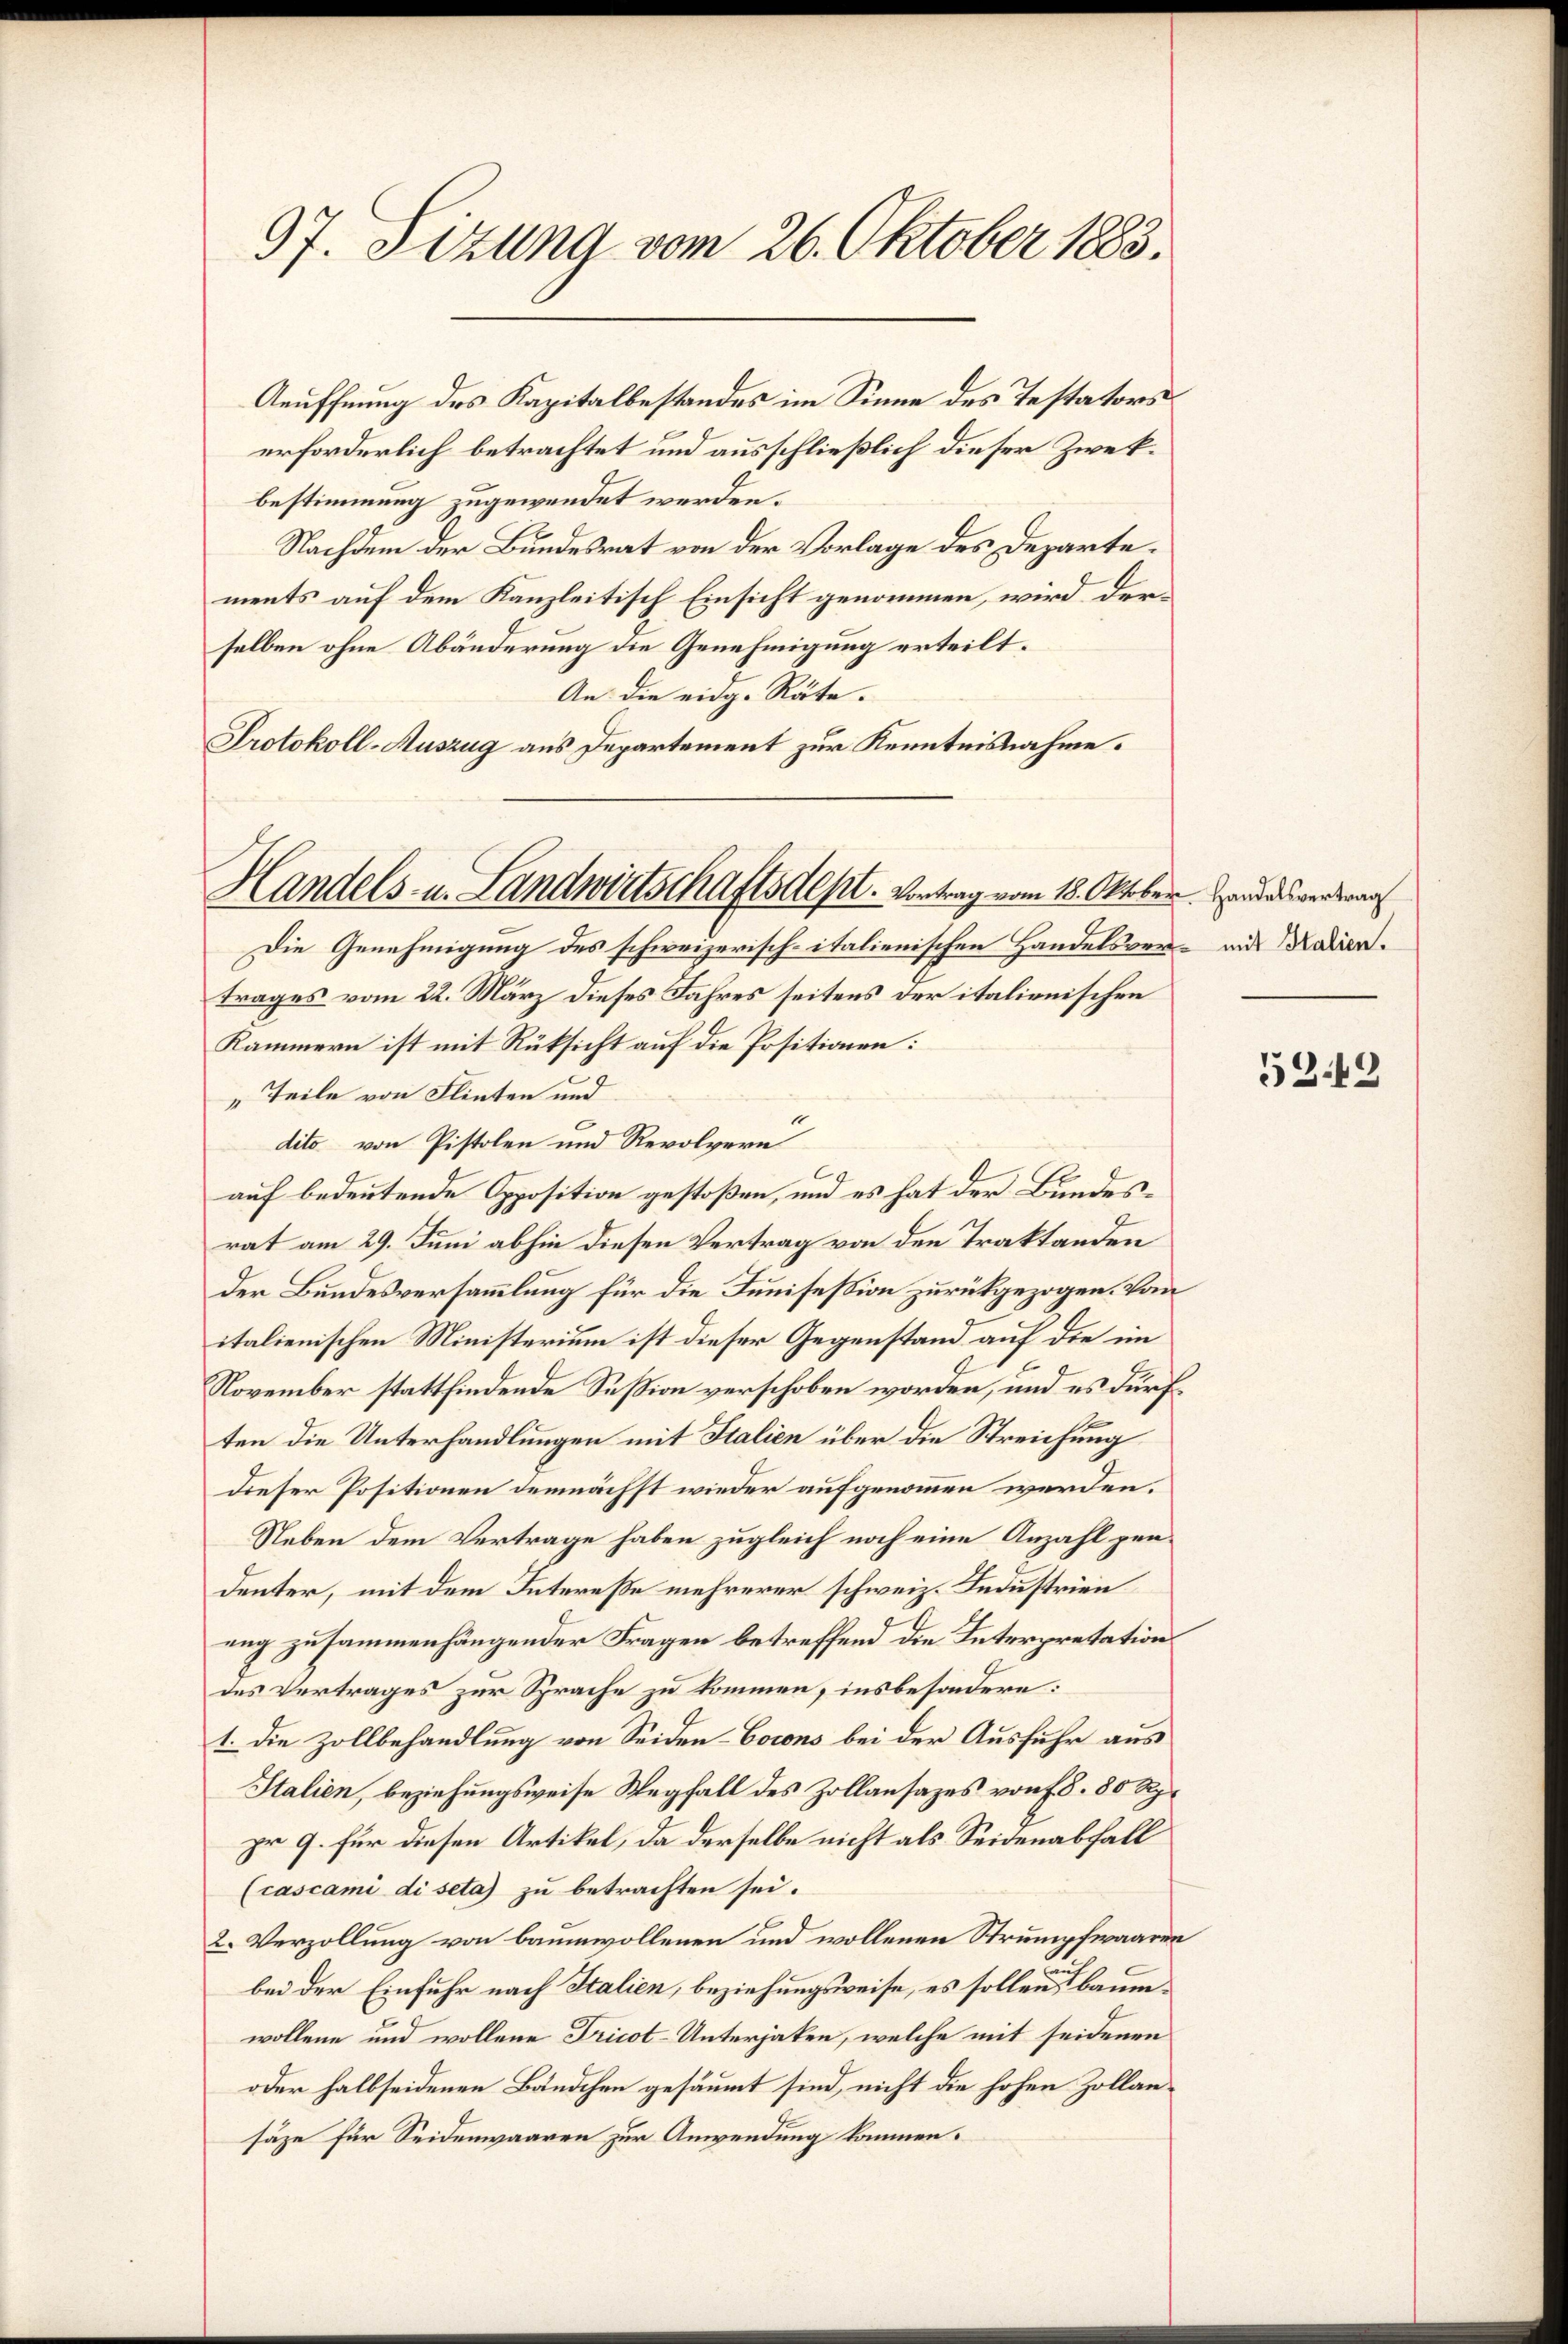
97. Sizung vom 26. Oktober 1883.

Aeuffnung des Kapitalbestandes im Sinne des Testators
erforderlich betrachtet und ausschließlich dieser Zwekbestimmung zugewendet werden.
Nachdem der Bundesrat von der Vorlage des Departements auf dem Kanzleitisch Einsicht genommen, wird der
selben ohne Abänderung die Genehmigung erteilt.
An die eidg. Räte.
Protokoll-Auszug aus Departement zur Kenntnisnahme.

Handels- u. Landwirtschaftsdept. Vortrag vom 18. Oktober. Handesvertrag

Die Genehmigung des schweizerisch-italienischen Handelsver- und Marien.
trages vom 22. März dieses Jahres seitens der italienischen
Kammern ist mit Rüksicht auf die Positionen:
„Teile von Flinten und
dito von Pistolen und Revolvern
auf bedeutende Opposition gestoßen, und es hat der Bundesrat am 29. Juni abhin diesen Vertrag von den Traktanden
der Bundesversammlung für die Junisession zurückgezogen. Von
italienischen Ministerium ist dieser Gegenstand auf die im
November stattfindende Session verschoben worden, und es dürften die Unterhandlungen mit Italien über die Streichung
dieser Positionen demnächst wieder aufgenommen werden.
Neben dem Vertrage haben zugleich noch eine Anzahl pen¬
Denter, mit dem Intereße mehrerer schweiz. Industrien
ung zusammenhängender Fragen betreffend die Interpretation
des Vertrages zur Sprache zu kommen, insbesondere:
1. Die Zollbehandlung von Seiden-Corons bei der Ausfuhr aus
Italien, beziehungsweise Wegfall des Zollansazes von 78. 80 Rp.
pr 9. für diesen Artikel, da derselbe nicht als Seidenabfall
(cascami di seta) zu betrachten sei.
2. Verzollung von baumwollenen und wollenen Strumpfwaaren
bei der Einfuhr nach Italien, beziehungsweise, es sollen Baumwollene und wollene Tricot-Unterjaken, welche mit seidenen
oder halbseidenen Bändchen gesäumt sind, nicht die hohen Zollansäze für Seidenwaaren zur Anwendung kommen.

5249